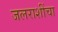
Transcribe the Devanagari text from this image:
जलराशींचा